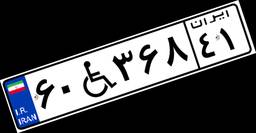
۶۰W۳۶۸۴۱